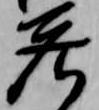
庄